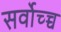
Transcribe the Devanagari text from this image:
सर्वोच्च्च